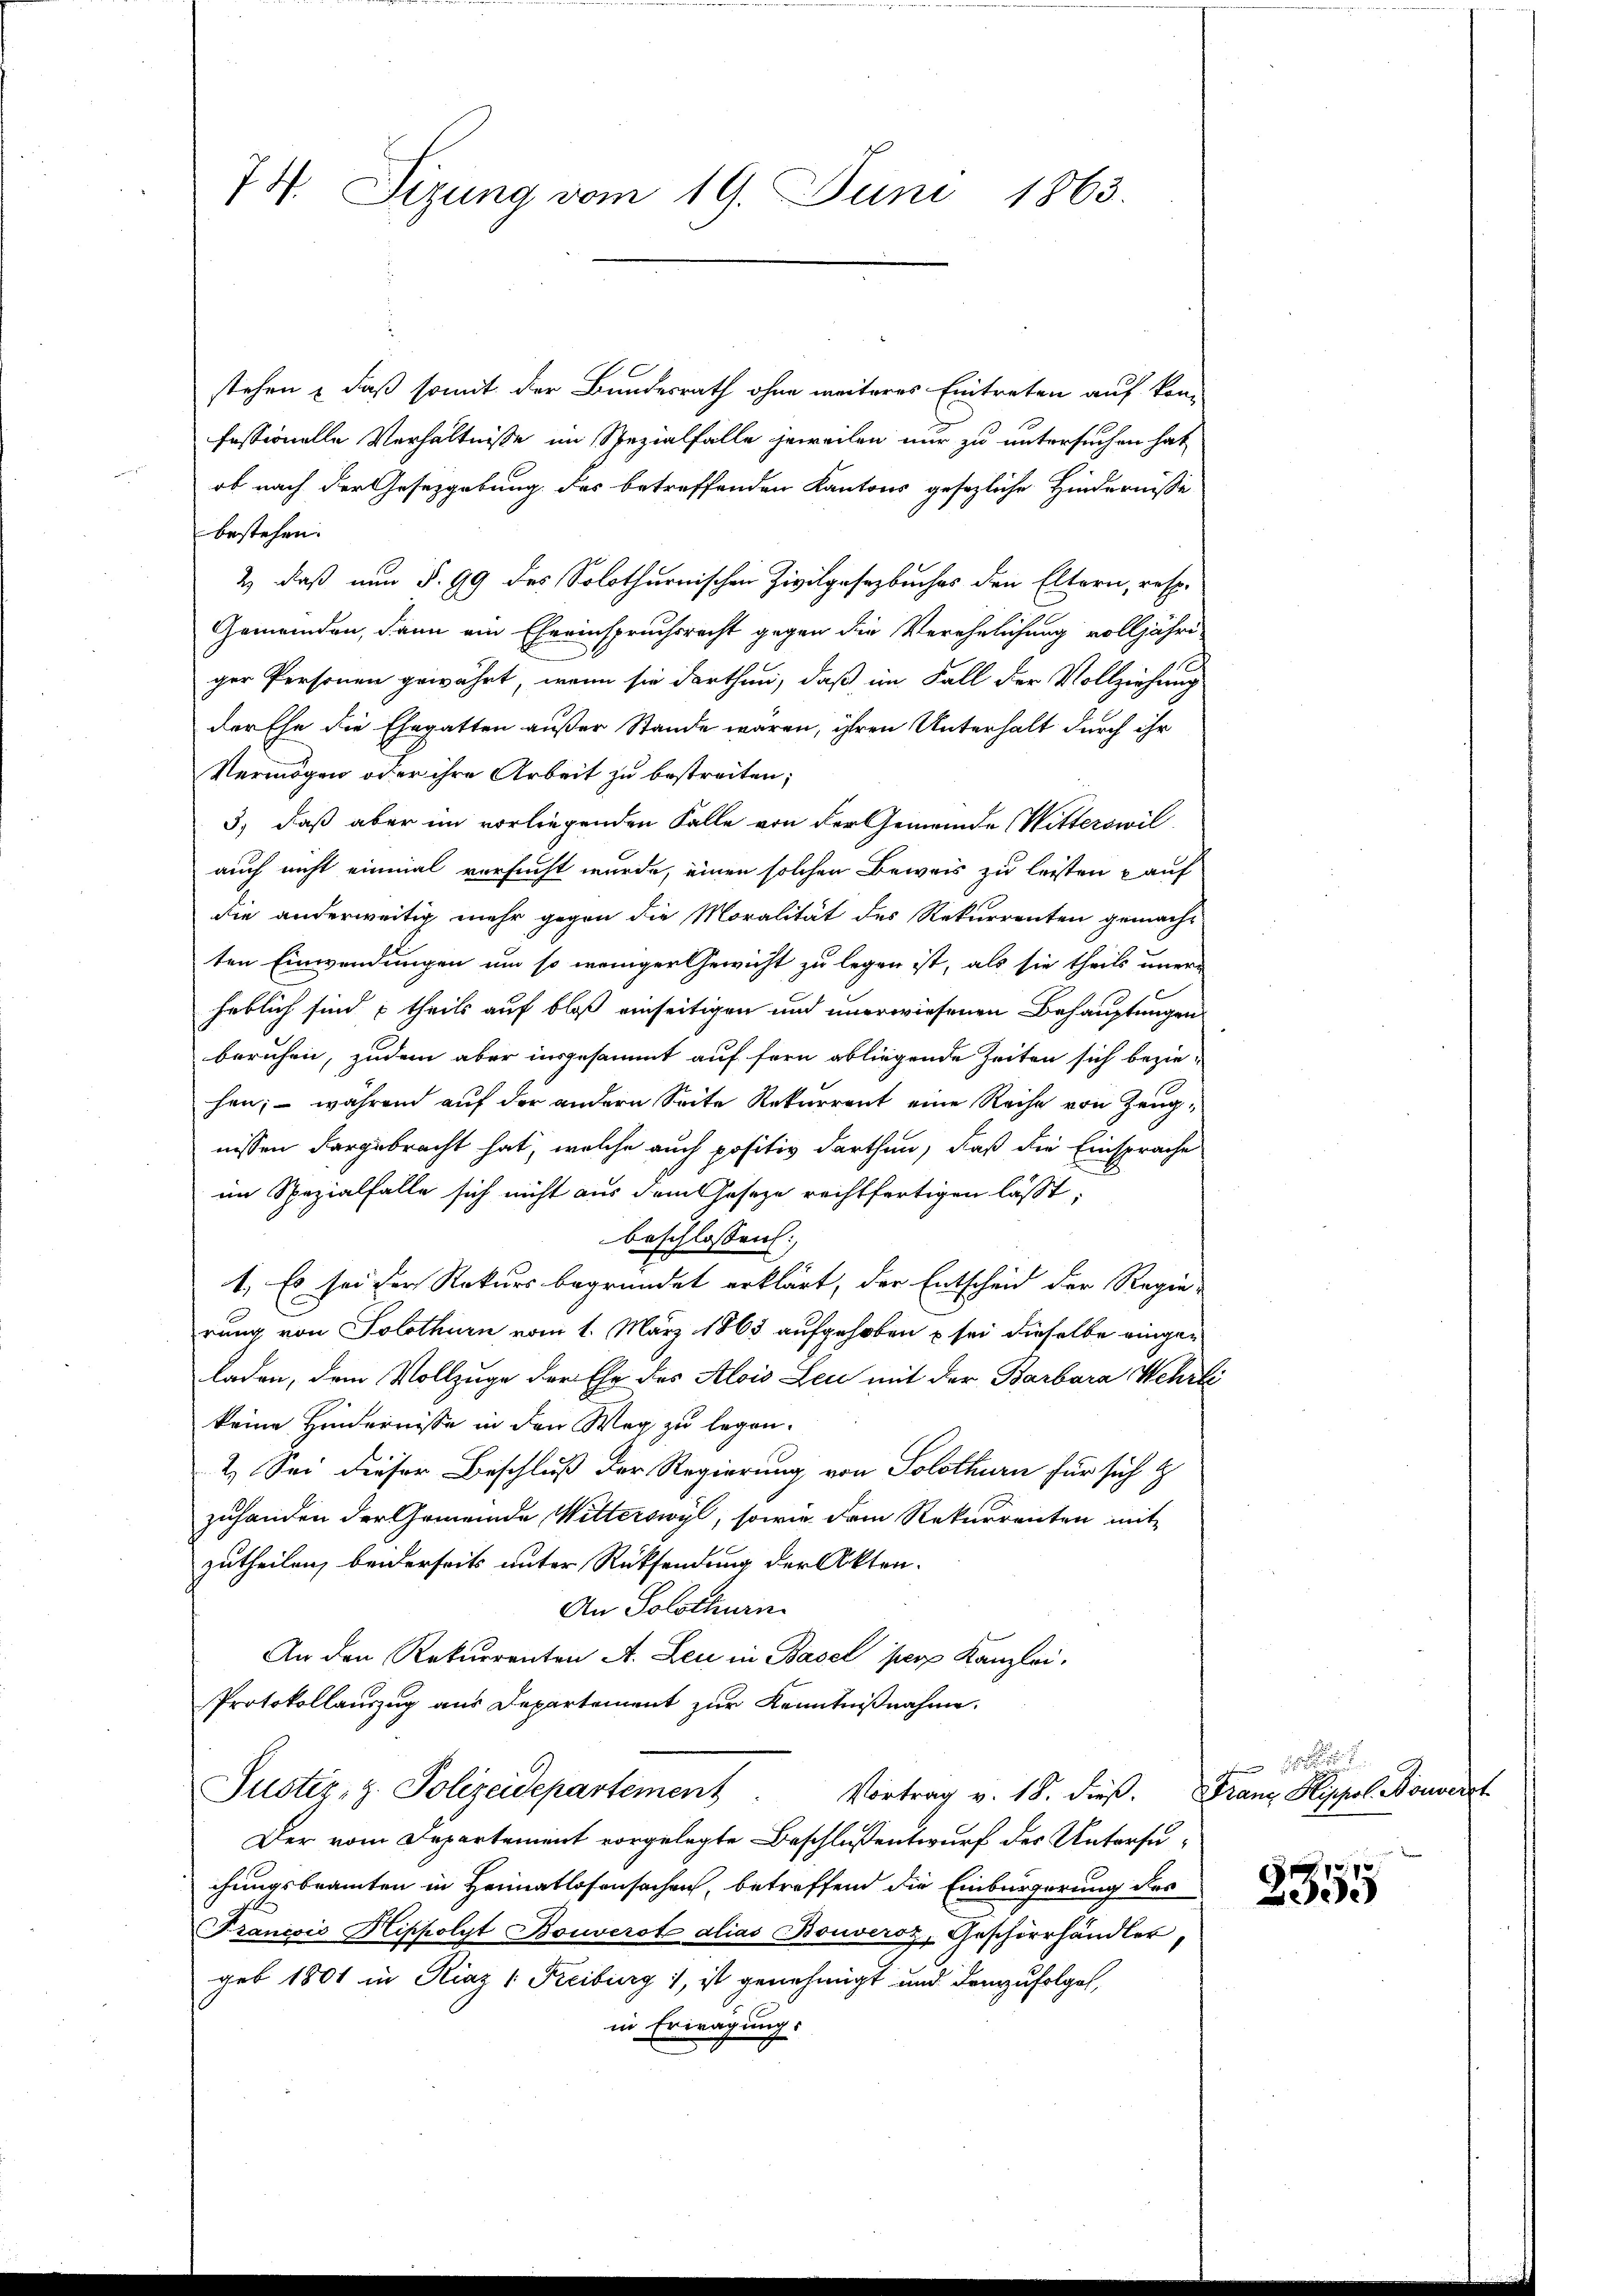
74. Sitzung vom 19. Juni 1863.

stehen, daß somit der Bundesrath ohne weiteres Eintreten auf kon-
fessionelle Verhältnisse im Spezialfalle jeweilen nur zu untersuchen hat
ob nach der Gesetzgebung des betreffenden Kantons gesezliche Hindernisse
bestehen.
2.) Daß nun §. 99 des Solothurnischen Zivilgesetzbuches den Eltern, resp.
Gemeinden, dann ein Eheeinspruchsrecht gegen die Verehelichung volljähri-
ger Personen gewährt, wenn sie darthan, daß im Fall der Vollziehung
der Ehe die Ehegatten außer Stande wären, ihren Unterhalt durch ihr
Vermögen oder ihre Arbeit zu bestreiten;
3.) daß aber im vorliegenden Falle von der Gemeinde Witterswil
auch nicht einmal versucht wurde, einen solchen Beweis zu leisten & auf
die anderweitig mehr gegen die Moralität des Rekurrenten gemacht
ten Einwendungen um so weniger Gewicht zu legen ist, als sie theils uner-
heblich sind theils auf bloß einseitigen und unerwiesenen Behauptungen
beruhen, zudem aber insgesammt auf fern obliegende Zeiten sich beziehen; – während auf der andern Seite Rekurrent eine Reihe von Zeugnissen dargebracht hat, welche auch positiv darthan, daß die Einsprache
im Spezialfalle sich nicht aus dem eseze rechtfertigen lässt,
beschlossen:
1. Es sei der Rekurs begründet erklärt, der Entscheid der Regie-
rung von Solothurn vom 1. März 1863 aufgehoben sei dieselbe eingeladen, dem Vollzuge der Ehe des Alois Leu mit der Barbara Wehrli
keine Hindernisse in den Weg zu legen.
2.) Sei dieser Beschluß der Regierung von Solothurn für sich
zuhanden der Gemeinde, Witterswyl, sowie dem Rekurrenten mit
zutheilen, beiderseits unter Rücksendung der Akten.
An Solothurn
An den Rekurrenten A. Leu in Basel pers Kanzlei.
Protokollauszug aus Departement zur Kenntnißnahme.
Justiz, z. Polizeidepartement. Vortrag v. 18. dieβ. Franz Hippol. Bonverst
Der vom Departement vorgelegte Beschlussentwurf des Untersuchungsbeamten in Heimatlosensachen, betreffend die Einbürgerung des
d
Francois Hippolyt Bouverst alias Bouveroz, Geschirrhändler,
geb 1801 in Kraz (Freiburg), ist genehmigt und demzufolget,
in Erwägung.

2355